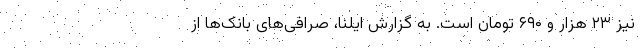
نیز ۲۳ هزار و ۶۹۰ تومان است. به گزارش ایلنا، صرافی‌های بانک‌ها از